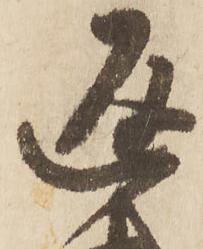
返